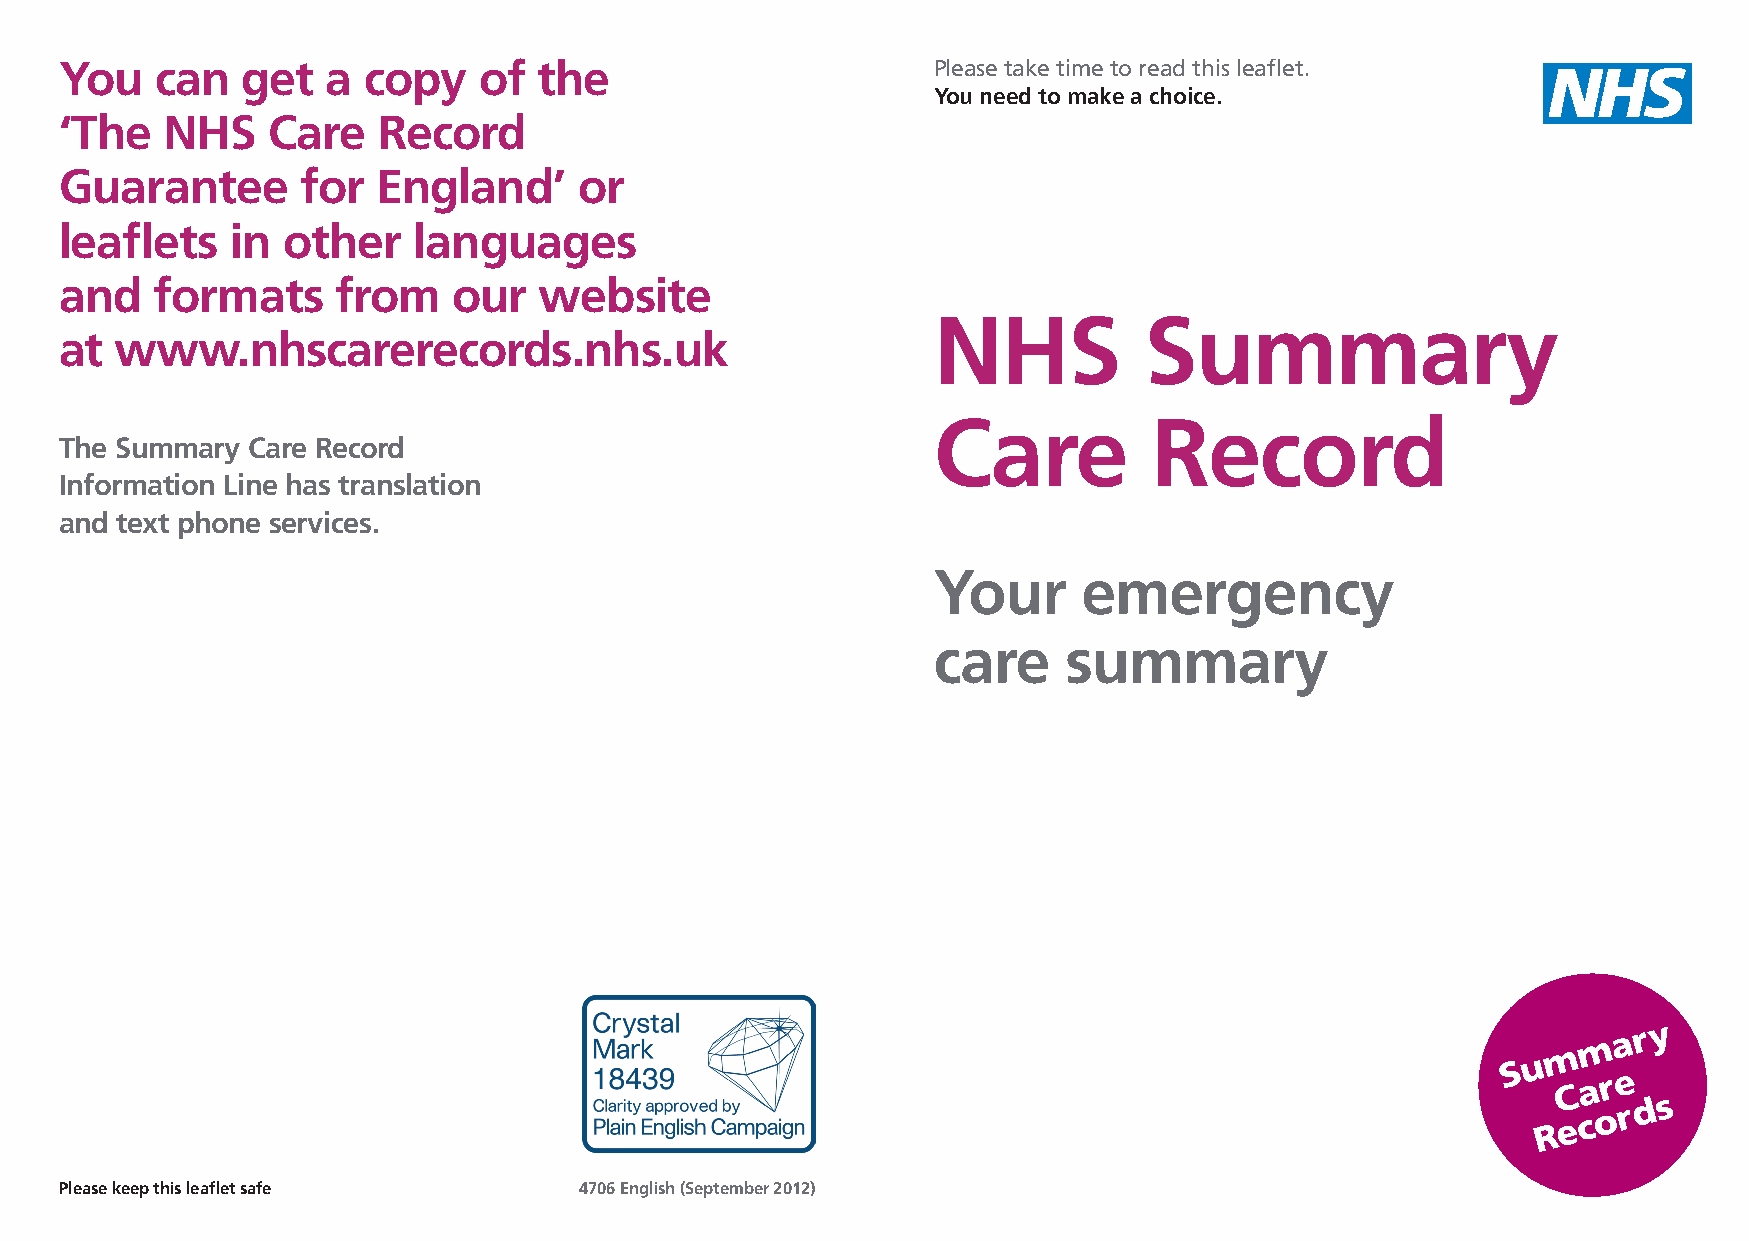
You   can   get   a copy    of  the                       Please take time to read this leaflet.
 You need to make a choice.
 ‘The   NHS    Care   Record
 Guarantee       for  England’     or
 leaflets   in  other   languages
 and   formats     from    our   website
 NHS           Summary
 at  www.nhscarerecords.nhs.uk
 Care          Record
 The Summary Care Record
 Information Line has translation
 and text phone services.
 Your      emergency
 care    summary
 Please keep this leaflet safe     4706 English (September 2012)